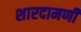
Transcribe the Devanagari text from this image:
शारदामणी